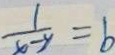
\frac { 1 } { x - y } = b